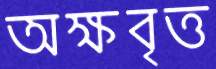
অক্ষবৃত্ত